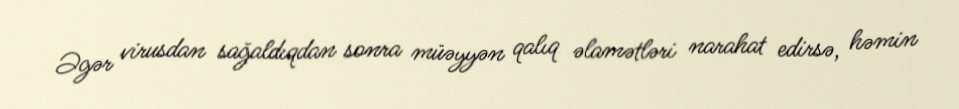
Əgər virusdan sağaldıqdan sonra müəyyən qalıq əlamətləri narahat edirsə, həmin